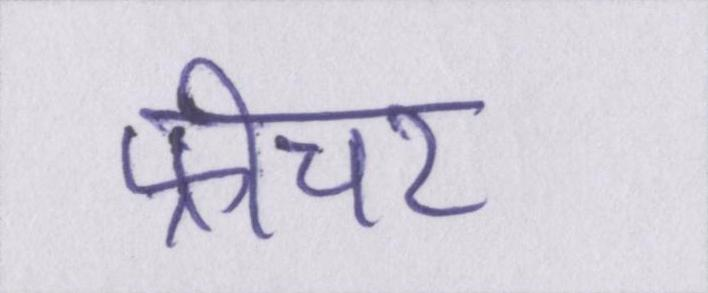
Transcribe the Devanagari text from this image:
फ़ीचर